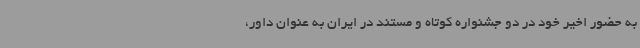
به حضور اخیر خود در دو جشنواره کوتاه و مستند در ایران به عنوان داور،